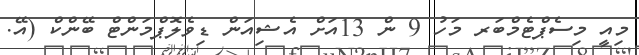
މިއީ މިސެޕްޓެމްބަރ މަހު 9 ން 13އަށް އެޝިއަން ޑިވެލޮޕްމަންޓް ބޭންކް (އޭ.